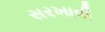
સરખાવી